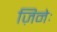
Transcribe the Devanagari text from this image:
ज़िनेः